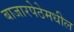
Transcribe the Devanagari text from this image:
बाजारपेठेमधील